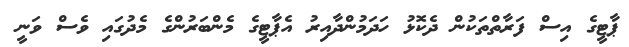
ޕާޓީގެ އިސް ފަރާތްތަކުން ދެކޮޅު ހަދަމުންދާއިރު އެޕާޓީގެ މެންބަރުންގެ މެދުގައި ވެސް ވަނީ